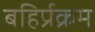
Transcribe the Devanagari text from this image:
बहिर्प्रक्रम